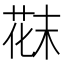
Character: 𫈪